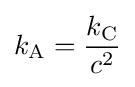
k_{\rm {A}}={\frac {k_{\rm {C}}}{c^{2}}}